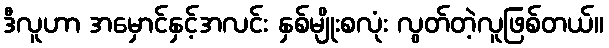
ဒီလူဟာ အမှောင်နှင့်အလင်း နှစ်မျိုးစလုံး လွတ်တဲ့လူဖြစ်တယ်။